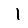
Digit: 1